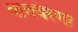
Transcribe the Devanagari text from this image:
वातवरणा